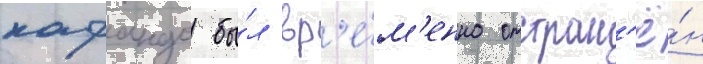
кафандо бы́л вр'е́м'енно отстран'ё́н